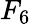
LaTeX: F_{6}